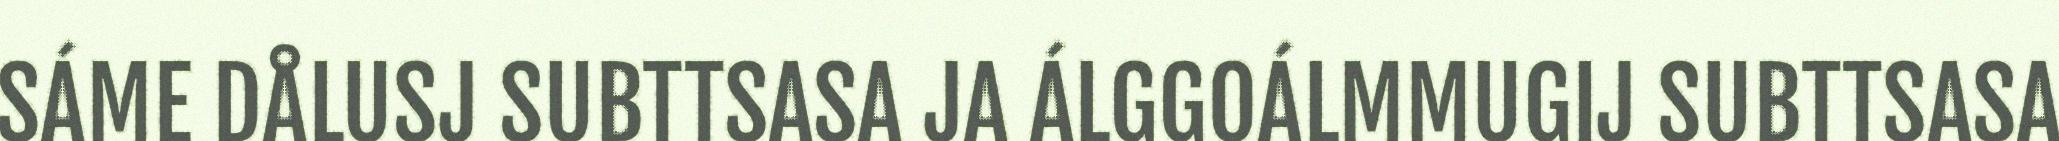
SÁME DÅLUSJ SUBTTSASA JA ÁLGGOÁLMMUGIJ SUBTTSASA